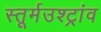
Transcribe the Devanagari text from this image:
स्तूर्मउश्ट्रांव